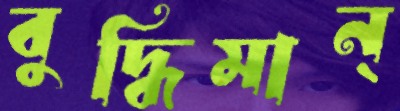
বুদ্ধিমান্‌